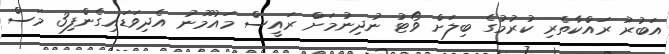
އަބުރު ރައްކާތެރި ކުރުމުގެ ބިލަށް ވޯޓު ނުދިނުމަށް ރައީސް މައުމޫނު އެދިވަޑައިގެންފި3 މަސް